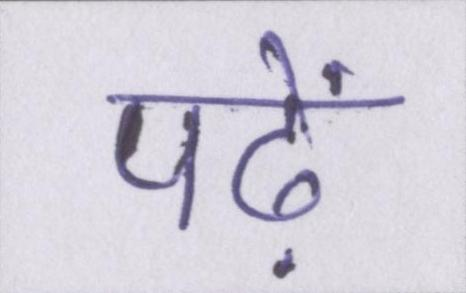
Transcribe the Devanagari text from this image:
पढ़ें